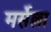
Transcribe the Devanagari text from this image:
मर्सेल्ला